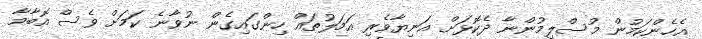
އެހެންކަމުން މުސްލިމުންނާ ދެކޮޅަށް އަނިޔާވެރި އަމަލުތައް ހިންގައިގެން ނުވާނެ ކަމަށް ވެސް އޮބާމާ